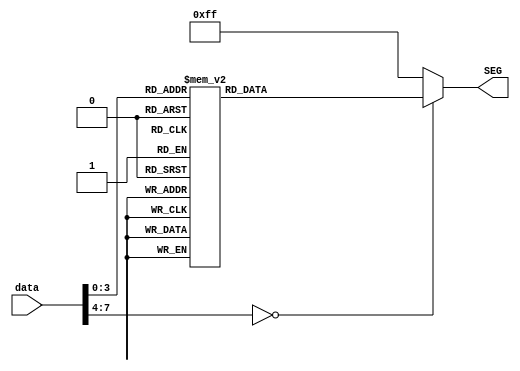
`timescale 1ns / 1ps


//data??(0-9)
module Number2Seg(data,SEG);
    input [7:0] data;
    output reg[7:0]SEG;
    
    always @(data)begin
     case(data)
         0:SEG <= 'b11000000;
         1:SEG <= 'b11111001;
         2:SEG <= 'b10100100;
         3:SEG <= 'b10110000;
         4:SEG <= 'b10011001;
         5:SEG <= 'b10010010;
         6:SEG <= 'b10000010;
         7:SEG <= 'b11111000;
         8:SEG <= 'b10000000;
         9:SEG <= 'b10011000;
         10:SEG = 8'b10001000;
         11:SEG = 8'b10000011;
         12:SEG = 8'b11000110;
         13:SEG = 8'b10100001;
         14:SEG = 8'b10000110;
         15:SEG = 8'b10001110;

         default :SEG <= 'b11111111;
     endcase
 end
endmodule